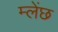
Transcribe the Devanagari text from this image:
म्लेंछ